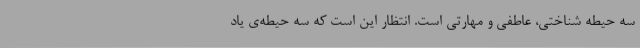
سه حیطه شناختی، عاطفی و مهارتی است. انتظار این است که سه حیطه‌ی یاد